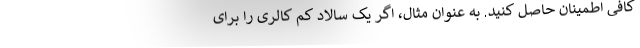
کافی اطمینان حاصل کنید. به عنوان مثال، اگر یک سالاد کم کالری را برای